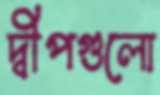
দ্বীপগুলো